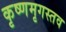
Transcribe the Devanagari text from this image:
कृष्णमृगस्तव